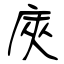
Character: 庲